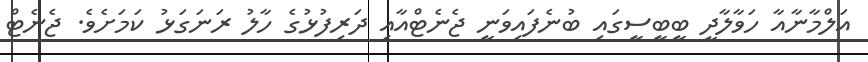
އަލްމާނާއާ ހަވާލާދީ ބީބީސީގައި ބުނެފައިވަނީ ޖެނެޓްއާއި ދަރިފުޅުގެ ހާލު ރަނަގަޅު ކަމަށެވެ. ޖެނެޓް